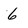
Character: 6